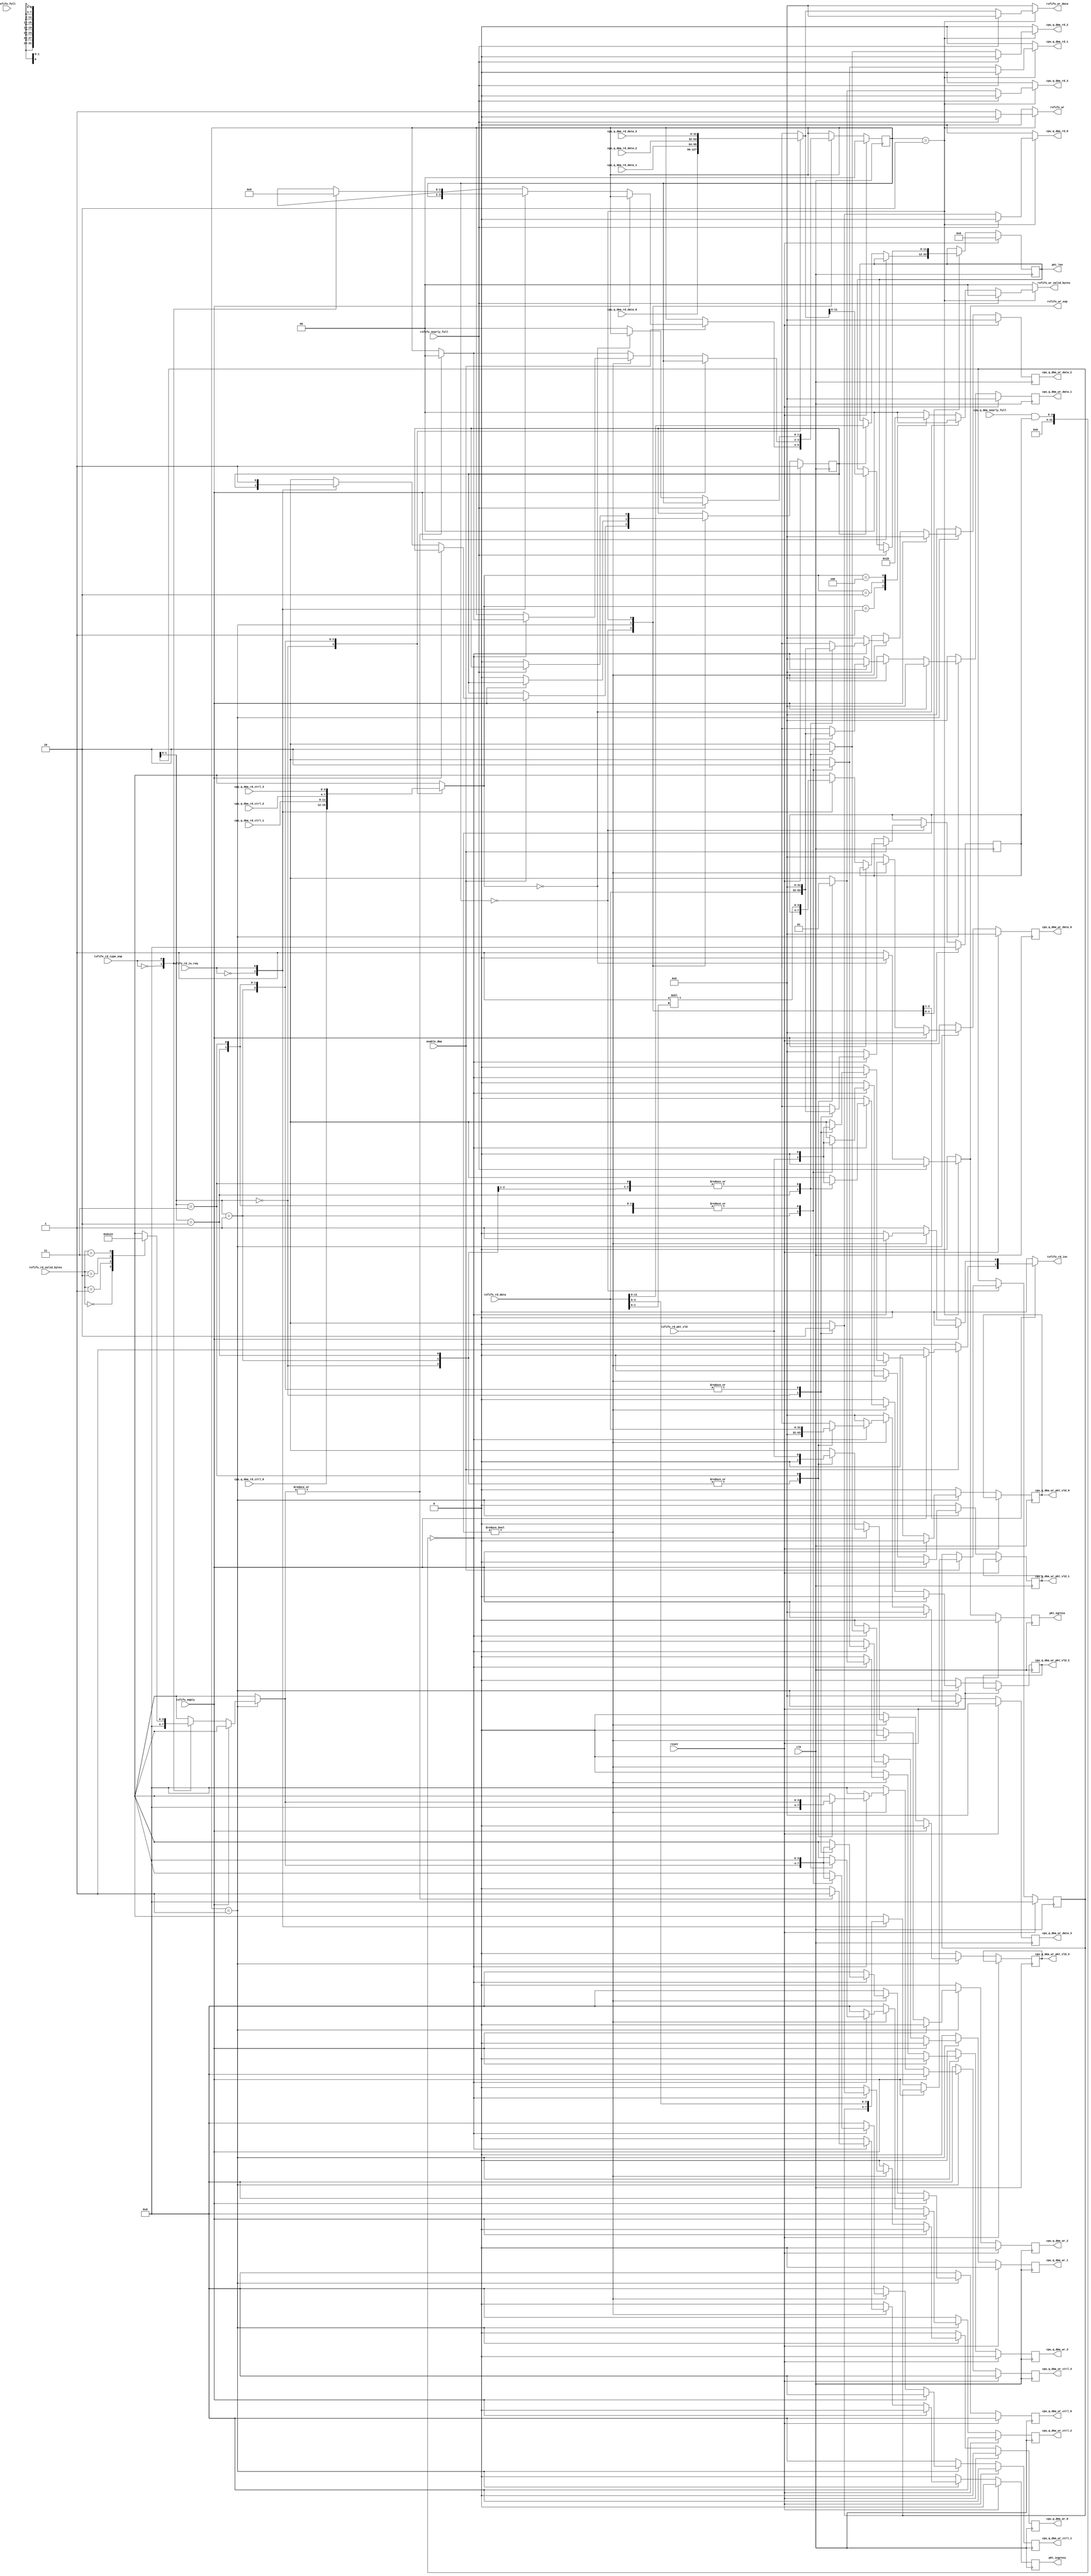
///////////////////////////////////////////////////////////////////////////////
// $Id: nf2_dma_que_intfc.v 6061 2010-04-01 20:53:23Z grg $
// vim:set shiftwidth=3 softtabstop=3 expandtab:
//
// Module: nf2_dma_que_intfc.v
// Project: NetFPGA-1G
// Description: DMA interface to CPU queues
//
// Acts as a MUX/DEMUX between the DMA interface and the CPU queues.
//
// WARNING: Directions TX/RX are relative to the *host* in this module.
//          This is different to most other modules.
//
/////////////////////////////////////////////////////////////////////////
//
// txfifo_rd_data includes:
//  1 bit. 1'b 0 for "data format"; 1'b 1 for "req format"
//  1 bit. EOP in "data format". 1'b 1 indicates the last pkt word.
//         1'b 0 indicates this is not the last pkt word.
//         in "req format", 1'b 0 for "dma tx", 1'b 1 for "dma rx"
//  2 bits. bytecnt in "data format". 2'b 00: 4 bytes; 2'b 01: 1 byte;
//          2'b 10: 2 bytes; 2'b 11: 3 bytes.
//          always 2'b 00 in "req format"
// 32 bits. pkt data in "data format".
//         {28'b 0, 4-bits queue_id} in "req format"
//
// rxfifo_wr_data includes:
//  1 bit. EOP. 1'b 1 indicates the last pkt word.
//         1'b 0 indicates this is not the last pkt word.
//  2 bits. bytecnt. 2'b 00: 4 bytes; 2'b 01: 1 byte;
//          2'b 10: 2 bytes; 2'b 11: 3 bytes.
// 32 bits. pkt data .
//
//////////////////////////////////////////////////////////////////


module nf2_dma_que_intfc
  #(
      parameter NUM_CPU_QUEUES         = 4,
      parameter DMA_DATA_WIDTH         = 32,
      parameter DMA_CTRL_WIDTH         = DMA_DATA_WIDTH/8,
      parameter USER_DATA_PATH_WIDTH   = 64,
      parameter CPCI_NF2_DATA_WIDTH    = 32
   )
   (
      // ---- signals to/from CPU rx queue 0
      output                           cpu_q_dma_rd_0,
      input [DMA_DATA_WIDTH-1:0]       cpu_q_dma_rd_data_0,
      input [DMA_CTRL_WIDTH-1:0]       cpu_q_dma_rd_ctrl_0,

      // ---- signals to/from CPU rx queue 1
      output                           cpu_q_dma_rd_1,
      input [DMA_DATA_WIDTH-1:0]       cpu_q_dma_rd_data_1,
      input [DMA_CTRL_WIDTH-1:0]       cpu_q_dma_rd_ctrl_1,

      // ---- signals to/from CPU rx queue 2
      output                           cpu_q_dma_rd_2,
      input [DMA_DATA_WIDTH-1:0]       cpu_q_dma_rd_data_2,
      input [DMA_CTRL_WIDTH-1:0]       cpu_q_dma_rd_ctrl_2,

      // ---- signals to/from CPU rx queue 3
      output                           cpu_q_dma_rd_3,
      input [DMA_DATA_WIDTH-1:0]       cpu_q_dma_rd_data_3,
      input [DMA_CTRL_WIDTH-1:0]       cpu_q_dma_rd_ctrl_3,

      // signals to/from CPU tx queues
      input [NUM_CPU_QUEUES-1:0]       cpu_q_dma_nearly_full,

      // signals to/from CPU tx queue 0
      output reg                       cpu_q_dma_wr_0,
      output reg                       cpu_q_dma_wr_pkt_vld_0,
      output reg [DMA_DATA_WIDTH-1:0]  cpu_q_dma_wr_data_0,
      output reg [DMA_CTRL_WIDTH-1:0]  cpu_q_dma_wr_ctrl_0,

      // signals to/from CPU tx queue 1
      output reg                       cpu_q_dma_wr_1,
      output reg                       cpu_q_dma_wr_pkt_vld_1,
      output reg [DMA_DATA_WIDTH-1:0]  cpu_q_dma_wr_data_1,
      output reg [DMA_CTRL_WIDTH-1:0]  cpu_q_dma_wr_ctrl_1,

      // signals to/from CPU tx queue 2
      output reg                       cpu_q_dma_wr_2,
      output reg                       cpu_q_dma_wr_pkt_vld_2,
      output reg [DMA_DATA_WIDTH-1:0]  cpu_q_dma_wr_data_2,
      output reg [DMA_CTRL_WIDTH-1:0]  cpu_q_dma_wr_ctrl_2,

      // signals to/from CPU tx queue 3
      output reg                       cpu_q_dma_wr_3,
      output reg                       cpu_q_dma_wr_pkt_vld_3,
      output reg [DMA_DATA_WIDTH-1:0]  cpu_q_dma_wr_data_3,
      output reg [DMA_CTRL_WIDTH-1:0]  cpu_q_dma_wr_ctrl_3,

      // --- signals to/from nf2_dma_sync
      input                            txfifo_empty,
      input                            txfifo_rd_is_req,
      input                            txfifo_rd_pkt_vld,
      input                            txfifo_rd_type_eop,
      input [1:0]                      txfifo_rd_valid_bytes,
      input [DMA_DATA_WIDTH-1:0]       txfifo_rd_data,
      output reg                       txfifo_rd_inc,

      input                            rxfifo_full,
      input                            rxfifo_nearly_full,
      output reg                       rxfifo_wr,
      output reg                       rxfifo_wr_eop,
      output reg [1:0]                 rxfifo_wr_valid_bytes,
      output reg [DMA_DATA_WIDTH-1:0]  rxfifo_wr_data,

      // register update signals
      output reg                       pkt_ingress,
      output reg                       pkt_egress,
      output reg [11:0]                pkt_len,

      //--- misc
      input                            enable_dma,
      input                            reset,
      input                            clk
   );

   reg [3:0] queue_id, queue_id_nxt;

   reg [DMA_DATA_WIDTH-1:0]    dma_wr_pkt_vld;
   reg [DMA_DATA_WIDTH-1:0]    dma_wr_data;
   reg [DMA_CTRL_WIDTH-1:0]    dma_wr_ctrl;
   reg                         dma_rd_vld, dma_rd_vld_nxt;
   wire [DMA_DATA_WIDTH-1:0]    dma_rd_data;
   wire [DMA_CTRL_WIDTH-1:0]    dma_rd_ctrl;

   reg                         cpu_q_dma_wr_nxt[0:NUM_CPU_QUEUES-1];
   reg                         cpu_q_dma_wr_pkt_vld_nxt[0:NUM_CPU_QUEUES-1];
   reg [DMA_DATA_WIDTH-1:0]    cpu_q_dma_wr_data_nxt[0:NUM_CPU_QUEUES-1];
   reg [DMA_CTRL_WIDTH-1:0]    cpu_q_dma_wr_ctrl_nxt[0:NUM_CPU_QUEUES-1];

   reg  cpu_q_dma_rd[0:NUM_CPU_QUEUES-1];
   wire [DMA_DATA_WIDTH-1:0] cpu_q_dma_rd_data[0:NUM_CPU_QUEUES-1];
   wire [DMA_CTRL_WIDTH-1:0] cpu_q_dma_rd_ctrl[0:NUM_CPU_QUEUES-1];
   wire [3:0] queue_decoded;
   reg [3:0] queue_sel_nxt;
   reg [3:0] queue_sel;

   reg first_word;
   reg first_word_nxt;

   reg         pkt_ingress_nxt;
   reg         pkt_egress_nxt;
   reg [11:0]  pkt_len_nxt;

   reg [1:0] state, state_nxt;
   parameter IDLE_STATE = 2'h 0,
             TX_STATE = 2'h 1,
             RX_STATE = 2'h 2;

   localparam
      DMA_WORD_IS_DATA = 1'b0,
      DMA_WORD_IS_REQ = 1'b1,
      XFER_NOT_EOP = 1'b0,
      XFER_EOP = 1'b1,
      DMA_TX_REQ = 1'b0,
      DMA_RX_REQ = 1'b1;

   assign queue_decoded = 4'b1 << txfifo_rd_data[1:0];

   assign dma_rd_data = cpu_q_dma_rd_data[queue_id];
   assign dma_rd_ctrl = cpu_q_dma_rd_ctrl[queue_id];
   integer i;

   assign cpu_q_dma_rd_0 = cpu_q_dma_rd[0];
   assign cpu_q_dma_rd_1 = cpu_q_dma_rd[1];
   assign cpu_q_dma_rd_2 = cpu_q_dma_rd[2];
   assign cpu_q_dma_rd_3 = cpu_q_dma_rd[3];

   assign cpu_q_dma_rd_data[0] = cpu_q_dma_rd_data_0;
   assign cpu_q_dma_rd_data[1] = cpu_q_dma_rd_data_1;
   assign cpu_q_dma_rd_data[2] = cpu_q_dma_rd_data_2;
   assign cpu_q_dma_rd_data[3] = cpu_q_dma_rd_data_3;

   assign cpu_q_dma_rd_ctrl[0] = cpu_q_dma_rd_ctrl_0;
   assign cpu_q_dma_rd_ctrl[1] = cpu_q_dma_rd_ctrl_1;
   assign cpu_q_dma_rd_ctrl[2] = cpu_q_dma_rd_ctrl_2;
   assign cpu_q_dma_rd_ctrl[3] = cpu_q_dma_rd_ctrl_3;

   always @(*) begin
      state_nxt = state;
      queue_id_nxt = queue_id;
      queue_sel_nxt = queue_sel;
      dma_rd_vld_nxt = 1'b 0;

      txfifo_rd_inc = 1'b 0;

      dma_wr_ctrl = 'h 0;
      dma_wr_data = 'h 0;

      for (i = 0; i < NUM_CPU_QUEUES; i = i + 1) begin
         cpu_q_dma_wr_nxt[i] = 1'b 0;
         cpu_q_dma_wr_pkt_vld_nxt[i] = 1'b 0;
         cpu_q_dma_wr_data_nxt[i] = 'h 0;
         cpu_q_dma_wr_ctrl_nxt[i] = 'h 0;

         cpu_q_dma_rd[i] = 1'b 0;
      end

      rxfifo_wr = 1'b 0;
      rxfifo_wr_eop = 0;
      rxfifo_wr_valid_bytes = 'h 0;
      rxfifo_wr_data = 'h 0;

      first_word_nxt = first_word;
      pkt_ingress_nxt = 0;
      pkt_egress_nxt = 0;
      pkt_len_nxt = pkt_len;

      case (state)
         IDLE_STATE: begin
            if (enable_dma) begin
               if (! txfifo_empty) begin
                  txfifo_rd_inc = 1'b 1;

                  // Identify if the word is data or a request
                  // (it should be a request)
                  case (txfifo_rd_is_req)
                     DMA_WORD_IS_DATA: begin
                        //synthesis translate_off

                        // Don't display an error message immediately as we may
                        // have seen the transition on the empty signal before the
                        // data signal has transitioned
                        #1 if (txfifo_rd_is_req) begin
                           $display("%t %m ERROR: expect req format, but got data format!", $time);
                        end
                        //synthesis translate_on
                     end

                     DMA_WORD_IS_REQ: begin
                        queue_id_nxt = txfifo_rd_data;
                        queue_sel_nxt = queue_decoded;

                        first_word_nxt = 1'b1;

                        // Identify Rx/Tx
                        case (txfifo_rd_type_eop)
                           DMA_TX_REQ: state_nxt = TX_STATE;
                           DMA_RX_REQ: state_nxt = RX_STATE;
                        endcase // case(txfifo_rd_type_eop)

                     end // case: 1'b 1

                  endcase // case(txfifo_rd_is_req)

               end // if (! txfifo_empty)
            end // if (enable_dma)
         end // IDLE_STATE

         TX_STATE: begin
            if (! txfifo_empty) begin
               if (first_word) begin
                  first_word_nxt = 1'b0;
                  pkt_len_nxt = txfifo_rd_data;
               end

               case (txfifo_rd_type_eop)
                  XFER_NOT_EOP: dma_wr_ctrl = 'b 0;

                  XFER_EOP: begin
                     // Calculate the CTRL word for the EOP
                     case (txfifo_rd_valid_bytes)
                        2'b 00: dma_wr_ctrl = 'b 1000;
                        2'b 01: dma_wr_ctrl = 'b 0001;
                        2'b 10: dma_wr_ctrl = 'b 0010;
                        2'b 11: dma_wr_ctrl = 'b 0100;
                     endcase //case(txfifo_rd_valid_bytes)
                  end // case: 1'b 1
               endcase // case(txfifo_rd_type_eop)

               dma_wr_pkt_vld = txfifo_rd_pkt_vld;
               dma_wr_data = txfifo_rd_data;

               if (queue_sel != 'h0) begin
                  if ((cpu_q_dma_nearly_full & queue_sel) == 'h0) begin
                     cpu_q_dma_wr_nxt[queue_id] = 1'b 1;
                     cpu_q_dma_wr_pkt_vld_nxt[queue_id] = dma_wr_pkt_vld;
                     cpu_q_dma_wr_data_nxt[queue_id] = dma_wr_data;
                     cpu_q_dma_wr_ctrl_nxt[queue_id] = dma_wr_ctrl;

                     txfifo_rd_inc = 1'b 1;
                     if (| dma_wr_ctrl) begin
                        state_nxt = IDLE_STATE;
                        pkt_ingress_nxt = 1'b1;
                     end
                  end
               end
               else begin
                  // unknown queue_id. dequeue the pkt data anyway.
                  txfifo_rd_inc = 1'b 1;
                  if (| dma_wr_ctrl) 
                     state_nxt = IDLE_STATE;
               end

            end // if (! txfifo_empty)
         end // TX_STATE

      RX_STATE: begin

         if (!rxfifo_nearly_full) begin
            // note that cpu queues are fall-thru queues.
            // So data are available now
            cpu_q_dma_rd[queue_id] = 1'b1;

            rxfifo_wr = 1'b 1;
            rxfifo_wr_data = dma_rd_data;

            if (first_word) begin
               first_word_nxt = 1'b0;
               pkt_len_nxt = dma_rd_data;
            end

            if (dma_rd_ctrl == 'h 0) begin
               //not EOP
               rxfifo_wr_eop=1'b 0;
               rxfifo_wr_valid_bytes=2'b 0;
            end
            else begin
               //EOP
               rxfifo_wr_eop=1'b 1;

               // data is in little endian: [7:0] is the first byte.
               case (dma_rd_ctrl)
                  'b 0001: rxfifo_wr_valid_bytes=2'h 1;
                  'b 0010: rxfifo_wr_valid_bytes=2'h 2;
                  'b 0100: rxfifo_wr_valid_bytes=2'h 3;
                  'b 1000: rxfifo_wr_valid_bytes=2'h 0;
                  default: rxfifo_wr_valid_bytes=2'h 0;
               endcase // case(dma_rd_ctrl)

               state_nxt = IDLE_STATE;

               pkt_egress_nxt = 1'b1;
            end // else: !if(dma_rd_ctrl == 'h 0)

         end // if (!rxfifo_nearly_full)

      end // case: RX_STATE

      endcase // case(state)

   end // always @ (*)

   always @(posedge clk) begin
     if (reset) begin
        state <= IDLE_STATE;

        queue_id <= 'h 0;
        queue_sel <= 'h 0;
        dma_rd_vld <= 'h 0;


        cpu_q_dma_wr_0 <= 1'b 0;
        cpu_q_dma_wr_data_0 <= 'h 0;
        cpu_q_dma_wr_ctrl_0 <= 'h 0;

        cpu_q_dma_wr_1 <= 1'b 0;
        cpu_q_dma_wr_data_1 <= 'h 0;
        cpu_q_dma_wr_ctrl_1 <= 'h 0;

        cpu_q_dma_wr_2 <= 1'b 0;
        cpu_q_dma_wr_data_2 <= 'h 0;
        cpu_q_dma_wr_ctrl_2 <= 'h 0;

        cpu_q_dma_wr_3 <= 1'b 0;
        cpu_q_dma_wr_data_3 <= 'h 0;
        cpu_q_dma_wr_ctrl_3 <= 'h 0;

        first_word <= 1'b1;

        pkt_ingress <= 1'b0;
        pkt_egress <= 1'b0;
        pkt_len <= 1'b0;
     end
     else begin
        state <= state_nxt;

        queue_id <= queue_id_nxt;
        queue_sel <= queue_sel_nxt;
        dma_rd_vld <= dma_rd_vld_nxt;


        cpu_q_dma_wr_0 <= cpu_q_dma_wr_nxt[0];
        cpu_q_dma_wr_pkt_vld_0 <= cpu_q_dma_wr_pkt_vld_nxt[0];
        cpu_q_dma_wr_data_0 <= cpu_q_dma_wr_data_nxt[0];
        cpu_q_dma_wr_ctrl_0 <= cpu_q_dma_wr_ctrl_nxt[0];

        cpu_q_dma_wr_1 <= cpu_q_dma_wr_nxt[1];
        cpu_q_dma_wr_pkt_vld_1 <= cpu_q_dma_wr_pkt_vld_nxt[1];
        cpu_q_dma_wr_data_1 <= cpu_q_dma_wr_data_nxt[1];
        cpu_q_dma_wr_ctrl_1 <= cpu_q_dma_wr_ctrl_nxt[1];

        cpu_q_dma_wr_2 <= cpu_q_dma_wr_nxt[2];
        cpu_q_dma_wr_pkt_vld_2 <= cpu_q_dma_wr_pkt_vld_nxt[2];
        cpu_q_dma_wr_data_2 <= cpu_q_dma_wr_data_nxt[2];
        cpu_q_dma_wr_ctrl_2 <= cpu_q_dma_wr_ctrl_nxt[2];

        cpu_q_dma_wr_3 <= cpu_q_dma_wr_nxt[3];
        cpu_q_dma_wr_pkt_vld_3 <= cpu_q_dma_wr_pkt_vld_nxt[3];
        cpu_q_dma_wr_data_3 <= cpu_q_dma_wr_data_nxt[3];
        cpu_q_dma_wr_ctrl_3 <= cpu_q_dma_wr_ctrl_nxt[3];

        first_word <= first_word_nxt;

        pkt_ingress <= pkt_ingress_nxt;
        pkt_egress <= pkt_egress_nxt;
        pkt_len <= pkt_len_nxt;
     end
   end // always @ (posedge clk)

endmodule // nf2_dma_que_intfc